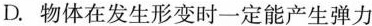
D.物体在发生形变时一定能产生弹力